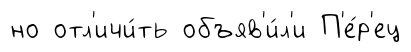
но отл'ичи́ть объяв'и́л'и П'е́р'ец